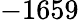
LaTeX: -1659